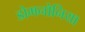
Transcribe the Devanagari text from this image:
डोमनोनिया